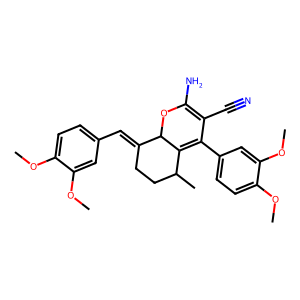
SMILES: COc1ccc(C=C2CCC(C)C3=C(c4ccc(OC)c(OC)c4)C(C#N)=C(N)OC23)cc1OC
Inhibits HIV replication: No